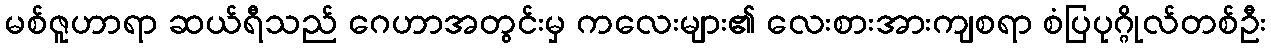
မစ်ဇူဟာရာ ဆယ်ရီသည် ဂေဟာအတွင်းမှ ကလေးများ၏ လေးစားအားကျစရာ စံပြပုဂ္ဂိုလ်တစ်ဦး